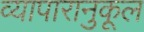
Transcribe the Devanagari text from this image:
व्यापारानुकूल